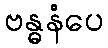
ဗန္ဓနံပေ